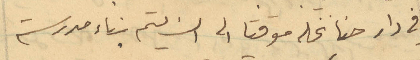
في دار حنا نخله موقتا الى ان يتم بناء مدرسة